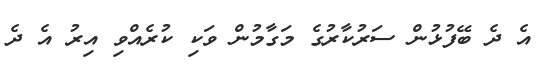
އެ ދެ ބޭފުޅުން ސަރުކާރުގެ މަގާމުން ވަކި ކުރެއްވި އިރު އެ ދެ